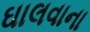
ઘાલવાના